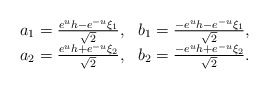
\begin{align*}\begin{array}{ll} a_1 = \frac{ e^{u}h-e^{-u} \xi_1}{\sqrt{2}}, & b_1 = \frac{ -e^{u} h- e^{-u} \xi_1 }{\sqrt{2}},\\a_2 = \frac{ e^{u}h + e^{-u} \xi_2 }{\sqrt{2}}, & b_2 = \frac{ - e^u h+ e^{-u} \xi_2 }{\sqrt{2}}.\\\end{array}\end{align*}